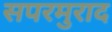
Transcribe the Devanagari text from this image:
सपरमुराद